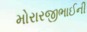
મોરારજીભાઈની